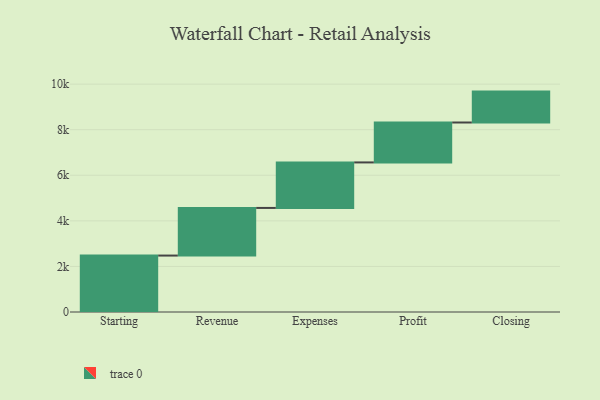
{"axis": {"x": "Step", "y": "Value"}, "legend": [""], "data": [{"x": "Starting", "y": 2477.0, "type": ""}, {"x": "Revenue", "y": 2090.0, "type": ""}, {"x": "Expenses", "y": 1997.0, "type": ""}, {"x": "Profit", "y": 1752.0, "type": ""}, {"x": "Closing", "y": 1356.0, "type": ""}]}